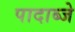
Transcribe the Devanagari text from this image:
पादाब्जे